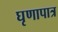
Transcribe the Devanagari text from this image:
घृणापात्र